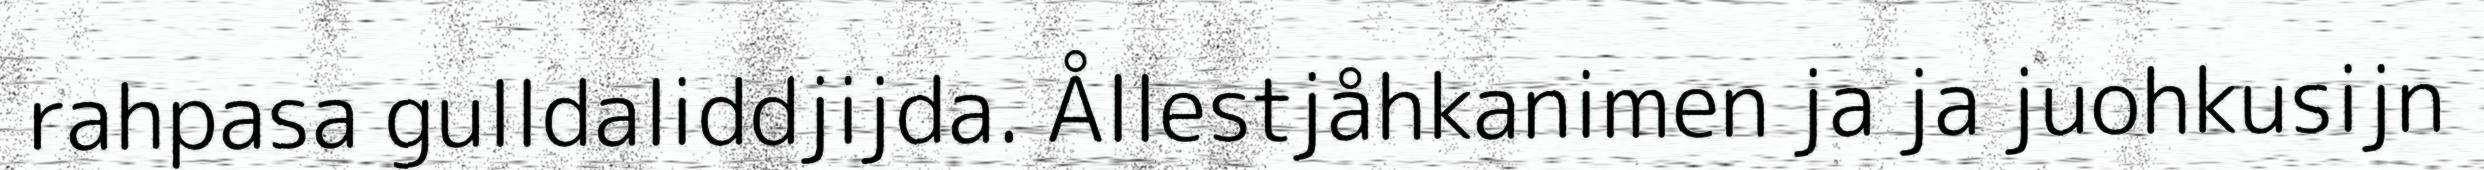
rahpasa gulldaliddjijda. Ållestjåhkanimen ja ja juohkusijn